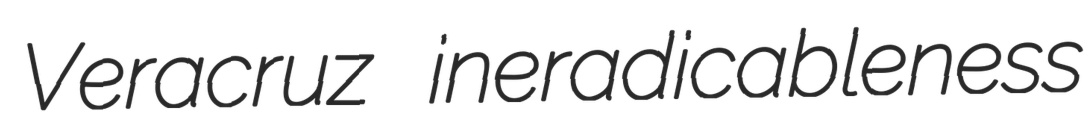
Veracruz ineradicableness